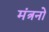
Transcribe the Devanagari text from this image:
मंत्रनो